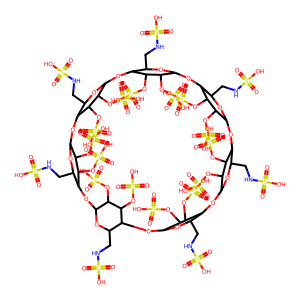
SMILES: O=S(=O)(O)NCC1OC2OC3C(CNS(=O)(=O)O)OC(OC4C(CNS(=O)(=O)O)OC(OC5C(CNS(=O)(=O)O)OC(OC6C(CNS(=O)(=O)O)OC(OC7C(CNS(=O)(=O)O)OC(OC8C(CNS(=O)(=O)O)OC(OC1C(OS(=O)(=O)O)C2OS(=O)(=O)O)C(OS(=O)(=O)O)C8OS(=O)(=O)O)C(OS(=O)(=O)O)C7OS(=O)(=O)O)C(OS(=O)(=O)O)C6OS(=O)(=O)O)C(OS(=O)(=O)O)C5OS(=O)(=O)O)C(OS(=O)(=O)O)C4OS(=O)(=O)O)C(OS(=O)(=O)O)C3OS(=O)(=O)O
Inhibits HIV replication: No